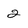
Character: 2